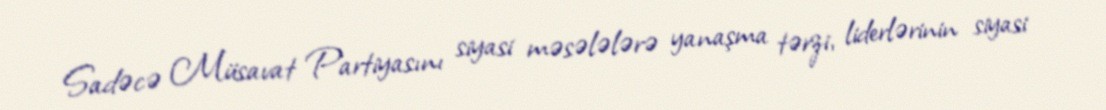
Sadəcə Müsavat Partiyasını siyasi məsələlərə yanaşma tərzi, liderlərinin siyasi